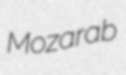
Mozarab